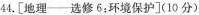
44.[地理--选修6：环境保护](10分)